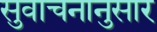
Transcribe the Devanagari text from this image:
सुवाचनानुसार